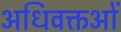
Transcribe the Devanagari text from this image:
अधिवक्तओं